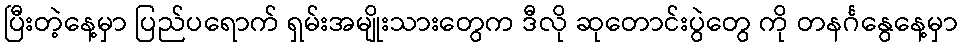
ပြီးတဲ့နေ့မှာ ပြည်ပရောက် ရှမ်းအမျိုးသားတွေက ဒီလို ဆုတောင်းပွဲတွေ ကို တနင်္ဂနွေနေ့မှာ